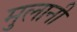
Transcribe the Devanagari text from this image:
मुलानी